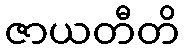
ဇာယတီတိ